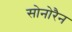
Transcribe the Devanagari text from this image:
सोनोरैन